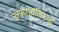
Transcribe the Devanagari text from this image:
उत्तमरावांविरुद्ध